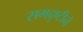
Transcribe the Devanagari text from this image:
समदृष्टीने